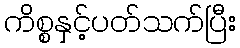
ကိစ္စနှင့်ပတ်သက်ပြီး